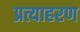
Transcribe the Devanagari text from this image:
प्रत्याहरण